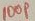
Text: 100P